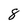
Character: 8